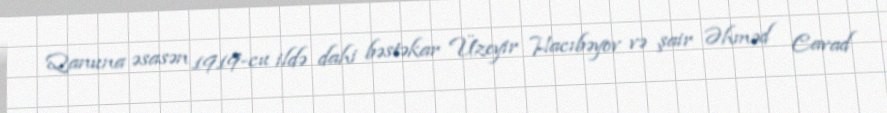
Qanuna əsasən 1919-cu ildə dahi bəstəkar Üzeyir Hacıbəyov və şair Əhməd Cavad